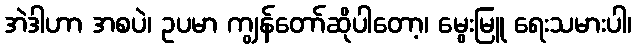
အဲဒါဟာ အစပဲ၊ ဥပမာ ကျွန်တော်ဆိုပါတော့၊ မွေးမြူ ရေးသမားပါ၊